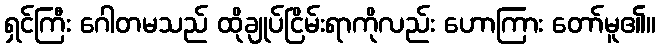
ရှင်ကြီး ဂေါတမသည် ထိုချုပ်ငြိမ်းရာကိုလည်း ဟောကြား တော်မူ၏။